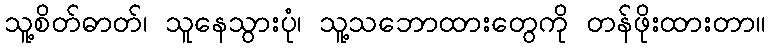
သူ့စိတ်ဓာတ်၊ သူနေသွားပုံ၊ သူ့သဘောထားတွေကို တန်ဖိုးထားတာ။